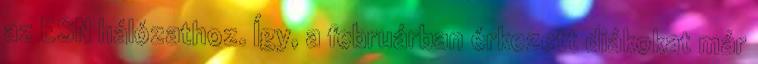
az ESN hálózathoz. Így, a februárban érkezett diákokat már